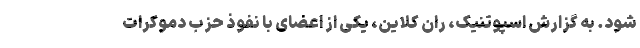
شود. به گزارش اسپوتنیک، ران کلاین، یکی از اعضای با نفوذ حزب دموکرات